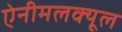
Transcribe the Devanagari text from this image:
ऐनीमलक्यूल